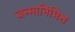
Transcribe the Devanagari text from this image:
जन्मानिमित्त